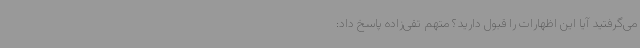
می‌گرفتید آیا این اظهارات را قبول دارید؟ متهم تقی‌زاده پاسخ داد: